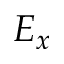
E _ { x }